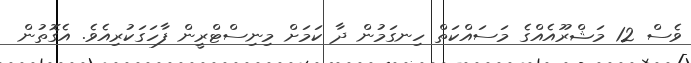
ވެސް 12 މަޝްރޫއެއްގެ މަސައްކަތް ހިނގަމުން ދާ ކަމަށް މިނިސްޓްރީން ފާހަގަކުރިއެވެ. އެގޮތުން